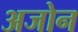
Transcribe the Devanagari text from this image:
अजोन